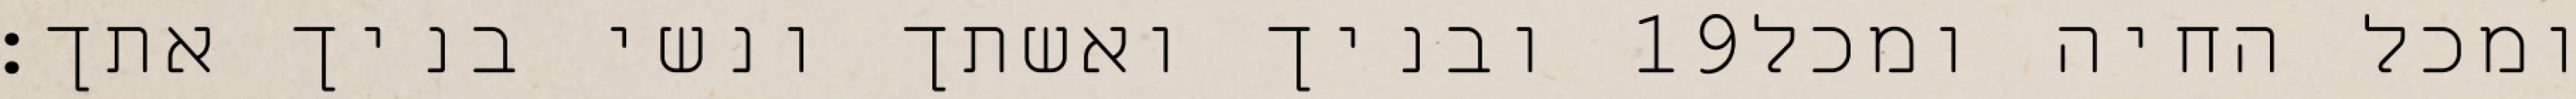
ובניך ואשתך ונשי בניך אתך׃ ‎19‏ ומכל החיה ומכל